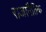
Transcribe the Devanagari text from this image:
राजानैतिक